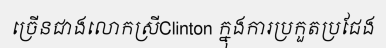
ច្រើនជាងលោកស្រីClinton ក្នុងការប្រកួតប្រជែង